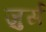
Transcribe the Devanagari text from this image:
ज़ुर्स